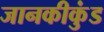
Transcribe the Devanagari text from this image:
जानकीकुंड